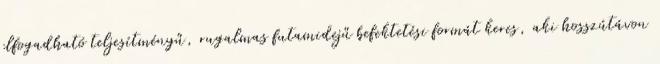
elfogadható teljesítményű, rugalmas futamidejű befektetési formát keres, aki hosszútávon